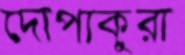
দোপাকুরা